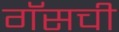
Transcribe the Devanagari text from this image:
गॅसची